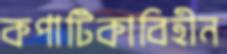
কপাটিকাবিহীন